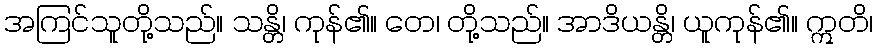
အကြင်သူတို့သည်။ သန္တိ၊ ကုန်၏။ တေ၊ တို့သည်။ အာဒိယန္တိ၊ ယူကုန်၏။ ဣတိ၊